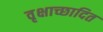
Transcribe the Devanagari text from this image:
वृक्षाच्छादित